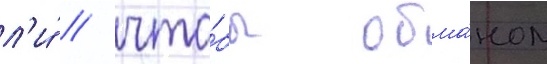
л'и́ / что́бы обма́ном